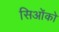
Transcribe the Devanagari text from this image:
सिओंको